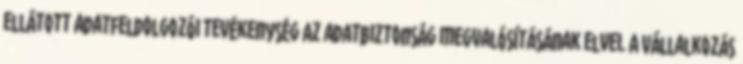
ellátott adatfeldolgozói tevékenység Az adatbiztonság megvalósításának elvei. A Vállalkozás